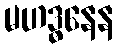
မဟဒ္ဓနေန